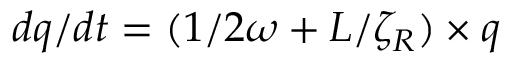
d q / d t = ( 1 / 2 \omega + L / \zeta _ { R } ) \times q